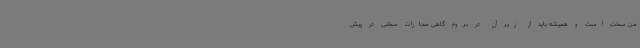
من سخت است و همیشه باید از زیر آن در بروم گاهی مجازات سختی در پیش